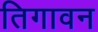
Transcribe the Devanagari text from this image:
तिगावन